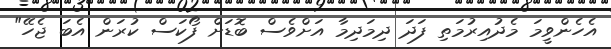
އެހެންވީމަ މެދުއިރުމަތި ފަދަ ދިމަދިމާ އަށްވެސް ބޮޑަށް ފޯކަސް ކުރަން އެބަ ޖެހޭ"